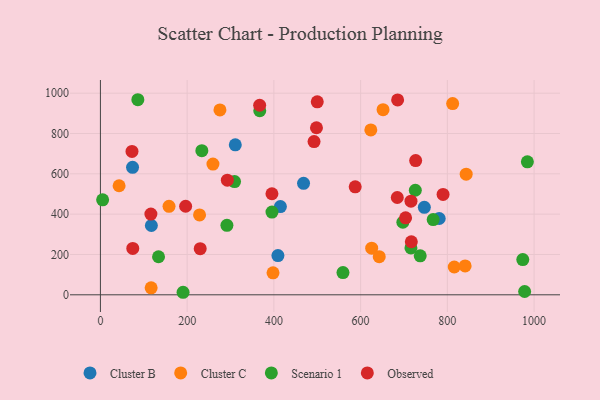
{"axis": {"x": "Investment", "y": "Fuel Efficiency"}, "legend": ["Cluster B", "Cluster C", "Observed", "Scenario 1"], "data": [{"x": "117.5", "y": 343.8, "type": "Cluster B"}, {"x": "311.0", "y": 743.8, "type": "Cluster B"}, {"x": "781.2", "y": 378.4, "type": "Cluster B"}, {"x": "415.0", "y": 437.4, "type": "Cluster B"}, {"x": "468.4", "y": 552.8, "type": "Cluster B"}, {"x": "746.9", "y": 433.8, "type": "Cluster B"}, {"x": "409.3", "y": 194.6, "type": "Cluster B"}, {"x": "74.1", "y": 632.0, "type": "Cluster B"}, {"x": "843.4", "y": 598.4, "type": "Cluster C"}, {"x": "228.6", "y": 395.9, "type": "Cluster C"}, {"x": "398.0", "y": 108.9, "type": "Cluster C"}, {"x": "625.5", "y": 231.0, "type": "Cluster C"}, {"x": "275.6", "y": 916.8, "type": "Cluster C"}, {"x": "259.5", "y": 648.2, "type": "Cluster C"}, {"x": "158.2", "y": 438.7, "type": "Cluster C"}, {"x": "651.7", "y": 918.1, "type": "Cluster C"}, {"x": "815.9", "y": 137.8, "type": "Cluster C"}, {"x": "117.0", "y": 34.6, "type": "Cluster C"}, {"x": "642.9", "y": 189.0, "type": "Cluster C"}, {"x": "43.1", "y": 540.9, "type": "Cluster C"}, {"x": "841.0", "y": 143.3, "type": "Cluster C"}, {"x": "812.2", "y": 948.3, "type": "Cluster C"}, {"x": "623.5", "y": 817.6, "type": "Cluster C"}, {"x": "190.6", "y": 12.5, "type": "Scenario 1"}, {"x": "309.3", "y": 561.4, "type": "Scenario 1"}, {"x": "973.9", "y": 174.7, "type": "Scenario 1"}, {"x": "134.0", "y": 188.7, "type": "Scenario 1"}, {"x": "559.3", "y": 110.0, "type": "Scenario 1"}, {"x": "86.3", "y": 967.5, "type": "Scenario 1"}, {"x": "984.5", "y": 659.5, "type": "Scenario 1"}, {"x": "395.6", "y": 410.5, "type": "Scenario 1"}, {"x": "5.1", "y": 470.8, "type": "Scenario 1"}, {"x": "367.4", "y": 912.9, "type": "Scenario 1"}, {"x": "233.9", "y": 714.8, "type": "Scenario 1"}, {"x": "737.4", "y": 193.5, "type": "Scenario 1"}, {"x": "726.1", "y": 518.4, "type": "Scenario 1"}, {"x": "978.2", "y": 16.3, "type": "Scenario 1"}, {"x": "716.0", "y": 232.3, "type": "Scenario 1"}, {"x": "291.7", "y": 344.6, "type": "Scenario 1"}, {"x": "697.4", "y": 359.9, "type": "Scenario 1"}, {"x": "767.3", "y": 373.2, "type": "Scenario 1"}, {"x": "726.9", "y": 665.9, "type": "Observed"}, {"x": "230.1", "y": 228.7, "type": "Observed"}, {"x": "500.0", "y": 956.9, "type": "Observed"}, {"x": "72.8", "y": 711.1, "type": "Observed"}, {"x": "716.1", "y": 464.2, "type": "Observed"}, {"x": "74.6", "y": 230.2, "type": "Observed"}, {"x": "684.5", "y": 482.5, "type": "Observed"}, {"x": "685.3", "y": 966.6, "type": "Observed"}, {"x": "395.5", "y": 501.1, "type": "Observed"}, {"x": "790.1", "y": 497.9, "type": "Observed"}, {"x": "498.2", "y": 828.4, "type": "Observed"}, {"x": "292.7", "y": 568.4, "type": "Observed"}, {"x": "703.7", "y": 381.9, "type": "Observed"}, {"x": "716.9", "y": 263.0, "type": "Observed"}, {"x": "116.4", "y": 400.6, "type": "Observed"}, {"x": "492.6", "y": 759.9, "type": "Observed"}, {"x": "587.5", "y": 535.3, "type": "Observed"}, {"x": "196.5", "y": 439.1, "type": "Observed"}, {"x": "367.2", "y": 940.1, "type": "Observed"}]}